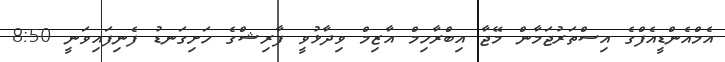
އެމްއެންޑީއެފްގެ އިސްތަރުޖަމާން މޭޖާ އިބްރާހިމް އާޒިމް ވިދާޅުވީ ފާރިޝްގެ ހަށިގަނޑު ފެނިފައިވަނީ 8:50